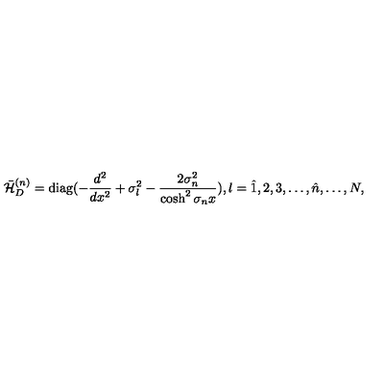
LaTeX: \bar { \cal H } _ { D } ^ { ( n ) } = \mathrm { d i a g } ( - \frac { d ^ { 2 } } { d x ^ { 2 } } + \sigma _ { l } ^ { 2 } - \frac { 2 \sigma _ { n } ^ { 2 } } { \cosh ^ { 2 } \sigma _ { n } x } ) , l = \hat { 1 } , 2 , 3 , \ldots , \hat { n } , \ldots , N ,